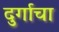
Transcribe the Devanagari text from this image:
दुर्गाचा